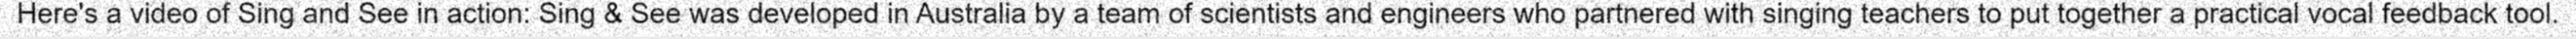
Here's a video of Sing and See in action: Sing & See was developed in Australia by a team of scientists and engineers who partnered with singing teachers to put together a practical vocal feedback tool.